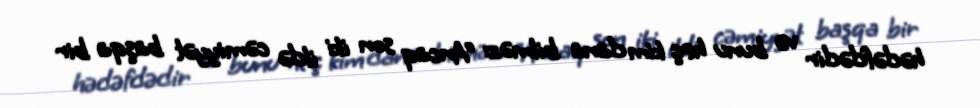
hədəfdədir və bunu heç kim dana bilməz: “Ancaq son iki ildə cəmiyyət başqa bir